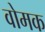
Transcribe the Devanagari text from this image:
वोमक